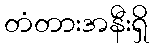
တံတားအနီးရှိ